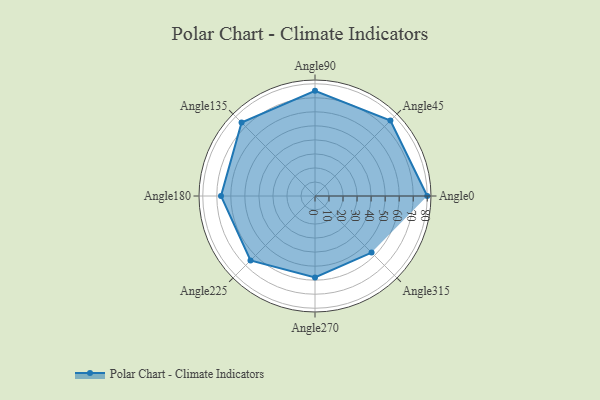
{"axis": {"x": "Angle", "y": "Radius"}, "legend": [""], "data": [{"x": "Angle0", "y": 80.0, "type": ""}, {"x": "Angle45", "y": 76.0, "type": ""}, {"x": "Angle90", "y": 75.0, "type": ""}, {"x": "Angle135", "y": 74.0, "type": ""}, {"x": "Angle180", "y": 67.0, "type": ""}, {"x": "Angle225", "y": 65.0, "type": ""}, {"x": "Angle270", "y": 58.0, "type": ""}, {"x": "Angle315", "y": 57.0, "type": ""}]}